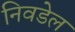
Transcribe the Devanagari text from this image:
निवडेल